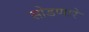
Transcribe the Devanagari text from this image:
सोडणारे